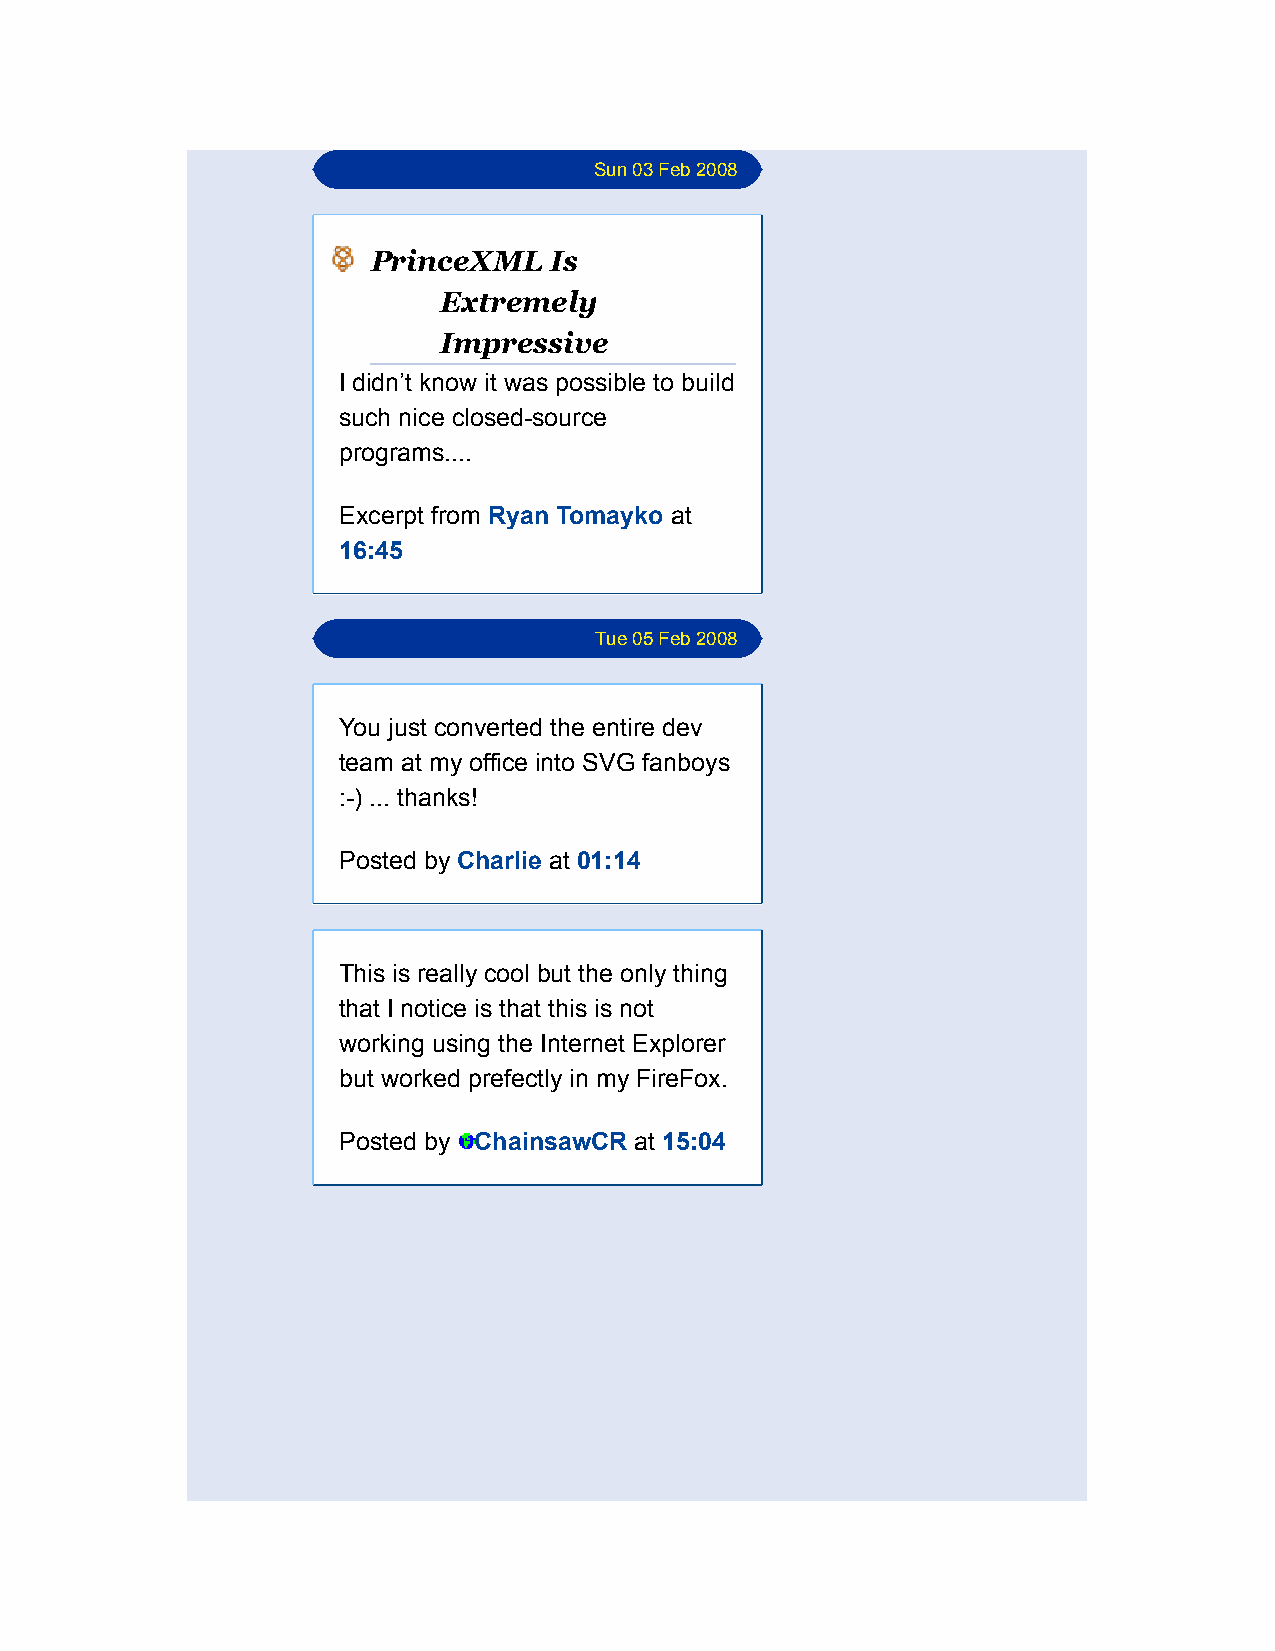
Sun 03 Feb 2008
 PrinceXML  Is
 Extremely
 Impressive
 I didn’t know it was possible to build
 such nice closed-source
 programs....
 Excerpt from Ryan Tomayko at
 16:45
 Tue 05 Feb 2008
 You just converted the entire dev
 team at my office into SVG fanboys
 :-) ... thanks!
 Posted by Charlie at 01:14
 This is really cool but the only thing
 that I notice is that this is not
 working using the Internet Explorer
 but worked prefectly in my FireFox.
 Posted by ChainsawCR at 15:04